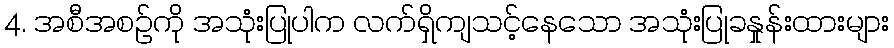
4. အစီအစဉ်ကို အသုံးပြုပါက လက်ရှိကျသင့်နေသော အသုံးပြုခနှုန်းထားများ